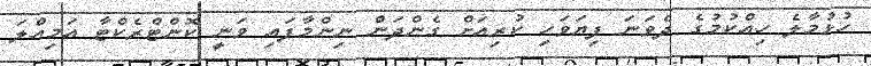
ހުޅުމާލެ ހިއްކުމުގެ ދެވަނަ ފިޔަވަހި ކުރިއަށް ގެންދަން ނިންމާފައި ވަނީ ކޮންޓްރެކްޓާ އަމިއްލަ